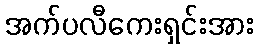
အက်ပလီကေးရှင်းအား